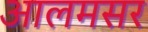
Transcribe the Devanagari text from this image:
आलमसर